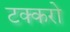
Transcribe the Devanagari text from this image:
टक्करो